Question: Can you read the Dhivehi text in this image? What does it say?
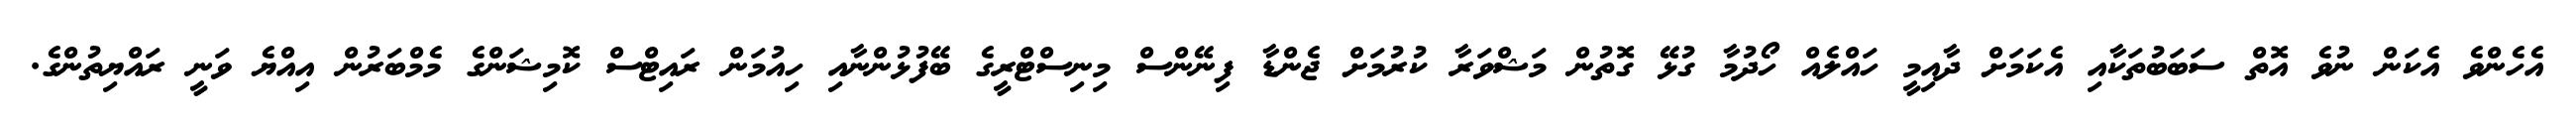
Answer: އެހެންވެ އެކަން ނުވެ އޮތް ސަބަބުތަކާއި އެކަމަށް ދާއިމީ ހައްލެއް ހޯދުމާ ގުޅޭ ގޮތުން މަޝްވަރާ ކުރުމަށް ޖެންޑާ ފިނޭންސް މިނިސްޓްރީގެ ބޭފުޅުންނާއި ހިއުމަން ރައިޓްސް ކޮމިޝަންގެ މެމްބަރުން އިއްޔެ ވަނީ ރައްޔިތުންގެ.